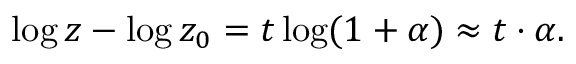
\begin{array} { r } { \log { z } - \log { z _ { 0 } } = t \log ( 1 + \alpha ) \approx t \cdot \alpha . } \end{array}